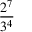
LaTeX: \frac { 2 ^ { 7 } } { 3 ^ { 4 } }